Report of the Bombay Veterinary College
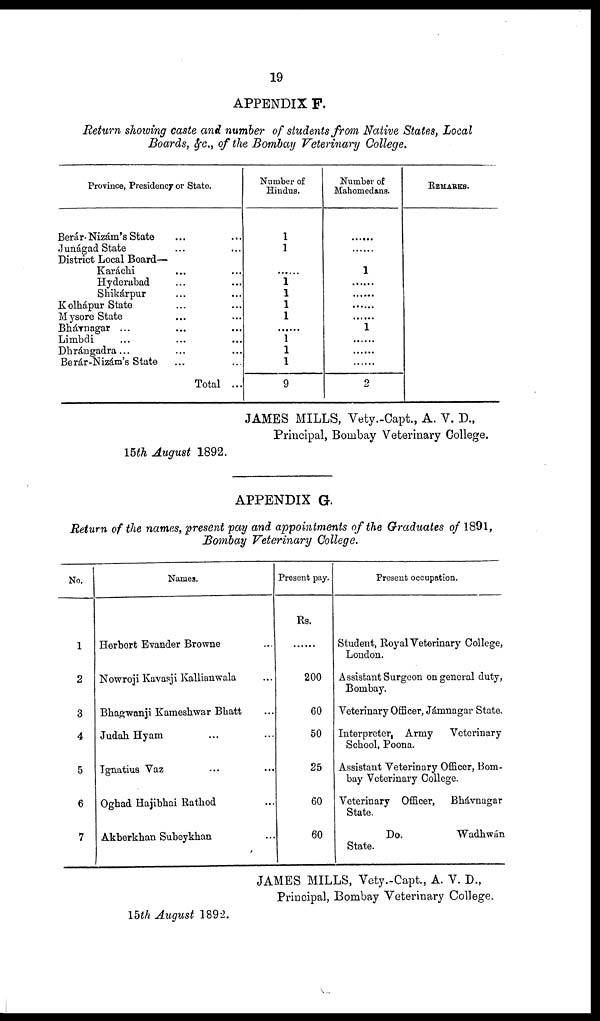
19
APPENDIX F.
Return showing caste and number of students from Native States, Local
Boards, &c., of the Bombay Veterinary College.
Province, Presidency or State.
Berár-Nizám's State
Junágad State
District Local Board—
Karáchi
Hyderabad
Shikárpur
Kolhápur State
Mysore State
Bhávnagar ...
Limbdi
Dhrángadra...
Berár-Nizám's State
Total ...
Number of
Hindus.
1
1
......
1
1
1
1
......
1
1
1
9
Number of
Mahomedans.
......
......
1
......
......
......
.....
1
......
......
......
2
REMARKS.
JAMES MILLS, Vety.-Capt., A. V. D.,
Principal, Bombay Veterinary College.
15th August 1892.
APPENDIX G.
Return of the names, present pay and appointments of the Graduates of 1891,
Bombay Veterinary College.
No.
1
2
3
4
5
6
7
Names.
Herbert Evander Browne
Nowroji Kavasji Kallianwala
Bhagwanji Kameshwar Bhatt
Judah Hyam
Ignatius Vaz
Oghad Hajibhai Rathod
Akberkhan Subeykhan
Present pay.
Rs.
200
60
50
25
60
60
Present occupation.
Student, Royal Veterinary College,
London.
Assistant Surgeon on general duty,
Bombay.
Veterinary Officer, Jámnagar State.
Interpreter, Army
Veterinary
School, Poona.
Assistant Veterinary Officer, Bom-
bay Veterinary College.
Veterinary Officer,
Bhávnagar
State.
Do.
Wadhwán
State.
JAMES MILLS, Vety.-Capt., A. V. D.,
Principal, Bombay Veterinary College.
15th August 1892.